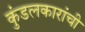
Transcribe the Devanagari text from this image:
कुंडलकारांची